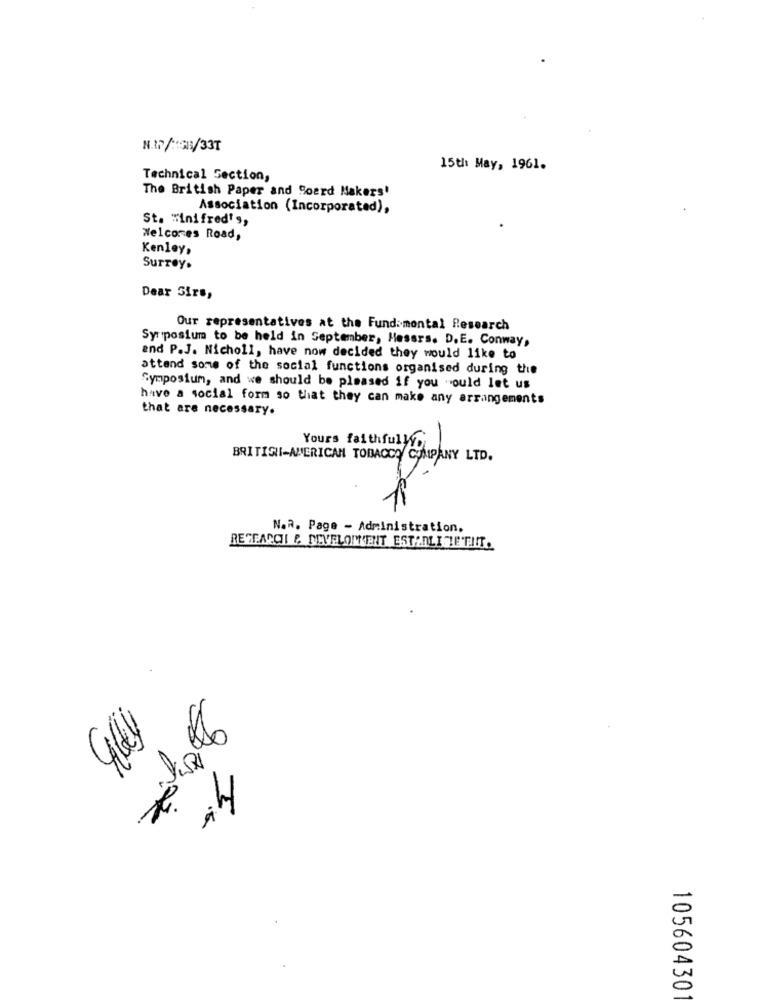
N. D /3/337
15th May, 1961.
Technical Section,
The British Paper and Soerd Makers'
Association (Incorporated),
St. "inifred's,
Welcomes Road,
Kenley,
Surrey.
Dear Sirs,
Our representatives at the Fundamental Research
Symposium to be held in September, Hessrs. D.E. Conway,
and P.J. Nicholl, have now decided they would like to
attand some of the social functions organised during the
Symposium, and we should be pleased if you would let us
have a social form so that they can make any arrangements
that are necessary.
Yours faithfully
BRITISH-AMERICAN TOBACCO SALANY LTD.
N.a. Page - Administration.
RESEARCH & DEVELOPMENT ESTARLITIETIIT.
10560430